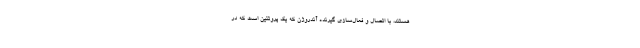
هستند، با اتصال و فعال‌سازی گیرنده آندروژن که یک پروتئین است که در